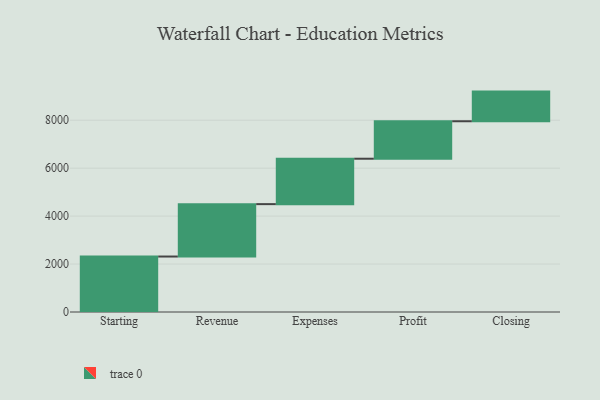
{"axis": {"x": "Step", "y": "Value"}, "legend": [""], "data": [{"x": "Starting", "y": 2314.0, "type": ""}, {"x": "Revenue", "y": 2186.0, "type": ""}, {"x": "Expenses", "y": 1894.0, "type": ""}, {"x": "Profit", "y": 1563.0, "type": ""}, {"x": "Closing", "y": 1237.0, "type": ""}]}